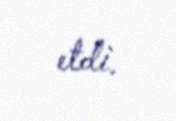
etdi.